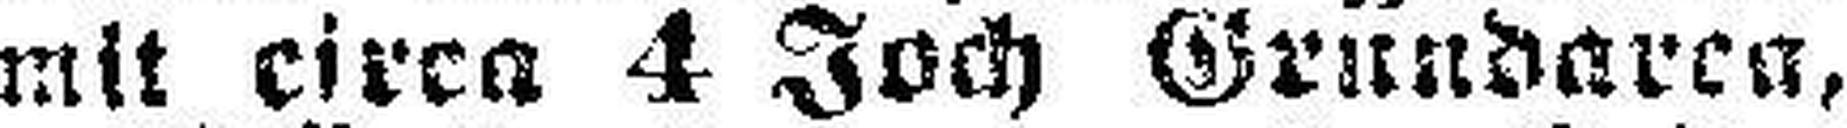
mit circa 4 Joch Grundarca,